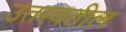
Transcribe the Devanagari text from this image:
उतरवतील